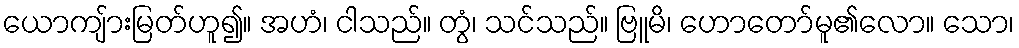
ယောကျ်ားမြတ်ဟူ၍။ အဟံ၊ ငါသည်။ တွံ၊ သင်သည်။ ဗြူမိ၊ ဟောတော်မူ၏လော။ သော၊